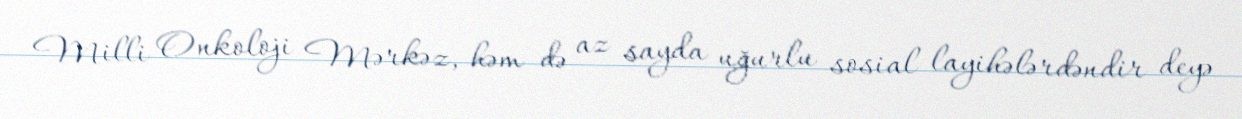
Milli Onkoloji Mərkəz, həm də az sayda uğurlu sosial layihələrdəndir deyə